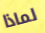
لماذا